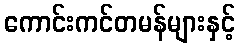
ကောင်းကင်တမန်များနှင့်